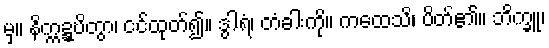
မှ။ နိက္ကဍ္ဍ္ဎိတွာ၊ ငင်ထုတ်၍။ ဒွါရံ၊ တံခါးကို။ ကထေသိ၊ ပိတ်၏။ ဘိက္ခူ၊